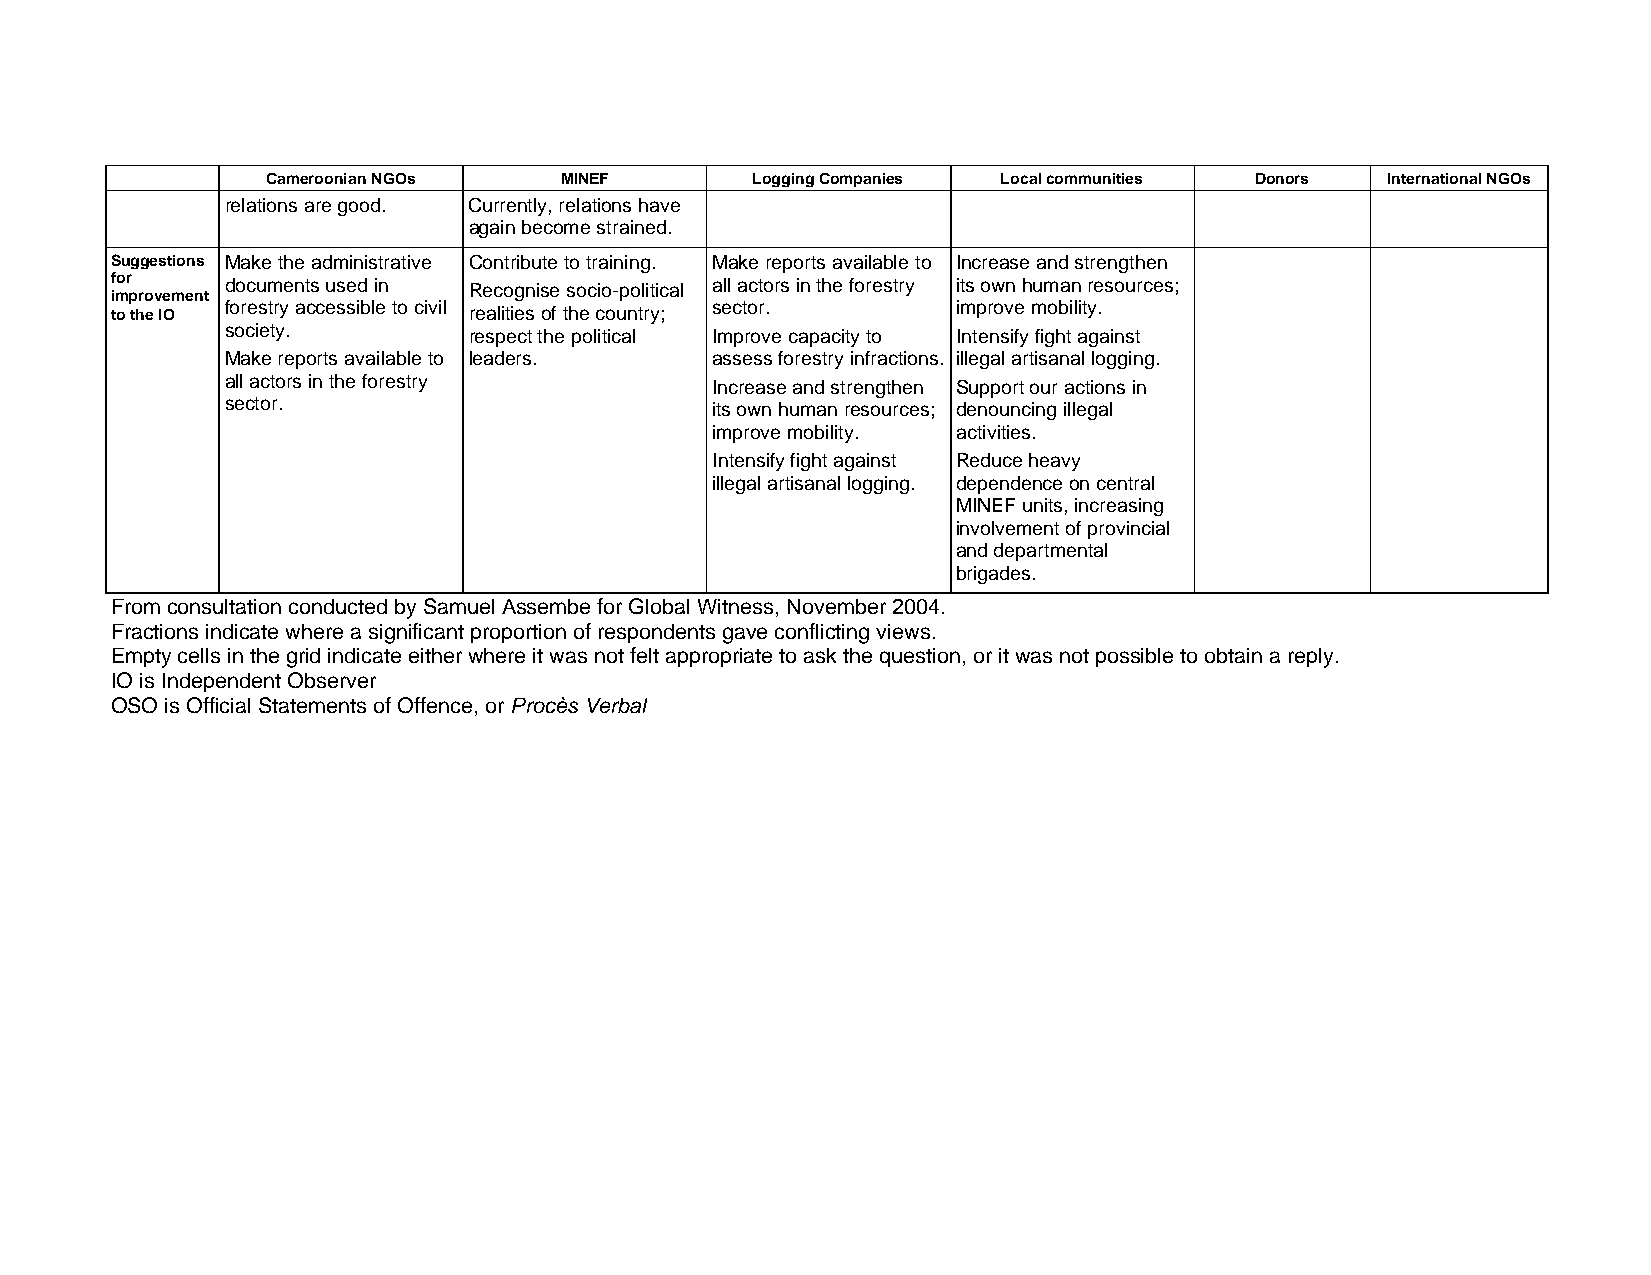
Cameroonian NGOs   MINEF        Logging Companies Local communities Donors International NGOs
 relations are good. Currently, relations have
 again become strained.
 Suggestions Make the administrative Contribute to training. Make reports available to Increase and strengthen
 for     documents used in Recognise socio-political all actors in the forestry its own human resources;
 improvement
 to the IO forestry accessible to civil realities of the country; sector. improve mobility.
 society.        respect the political Improve capacity to Intensify fight against
 Make reports available to leaders. assess forestry infractions. illegal artisanal logging.
 all actors in the forestry      Increase and strengthen Support our actions in
 sector.                         its own human resources; denouncing illegal
 improve mobility. activities.
 Intensify fight against Reduce heavy
 illegal artisanal logging. dependence on central
 MINEF units, increasing
 involvement of provincial
 and departmental
 brigades.
 From consultation conducted by Samuel Assembe for Global Witness, November 2004.
 Fractions indicate where a significant proportion of respondents gave conflicting views.
 Empty cells in the grid indicate either where it was not felt appropriate to ask the question, or it was not possible to obtain a reply.
 IO is Independent Observer
 OSO is Official Statements of Offence, or Procès Verbal